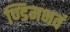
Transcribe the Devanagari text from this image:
ण्डिमभवं